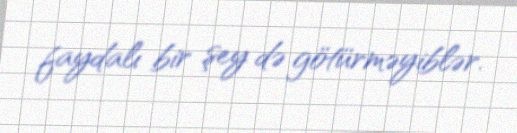
faydalı bir şey də götürməyiblər.